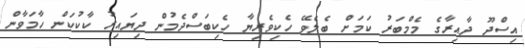
އިސްދޫ ދާއިރާގެ މެމްބަރު ކަމަށް ބެލެވޭ ހެކިވެރިޔާ ހެކިބަސްދެމުން ދިޔައިރު ކާކުކަން ހާމަވާން